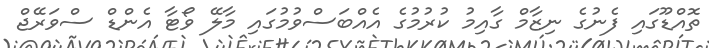
ތޮއްޑޫގައި ފެނުގެ ނިޒާމް ގާއިމު ކުރުމުގެ އެއްބަސްވުމުގައި މާލޭ ވޯޓާ އެންޑް ސްވަރޭޖް